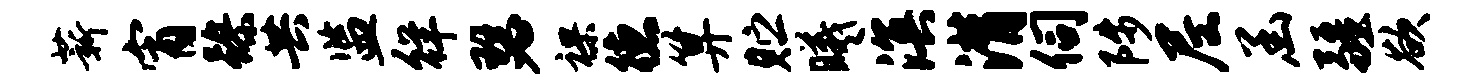
薪宵躁共监徉瑟裸德算贮曦溟潸伺陟尼函疆欲